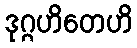
ဒုဂ္ဂဟိတေဟိ